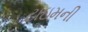
ટાઇમની